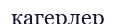
кагерлер